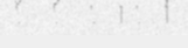
ែ ៃ ោ ៅ